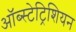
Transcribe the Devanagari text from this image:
ऑब्स्टेट्रिशियन